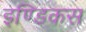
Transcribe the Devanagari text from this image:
इण्डिकस